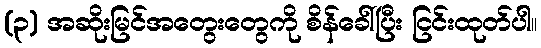
(၃) အဆိုးမြင်အတွေးတွေကို စိန်ခေါ်ပြီး ငြင်းထုတ်ပါ။